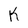
Character: K